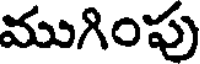
ముగింపు